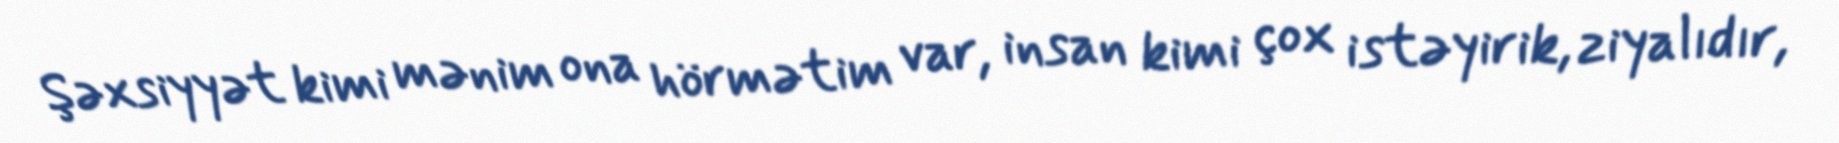
Şəxsiyyət kimi mənim ona hörmətim var, insan kimi çox istəyirik, ziyalıdır,